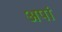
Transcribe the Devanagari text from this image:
अपां